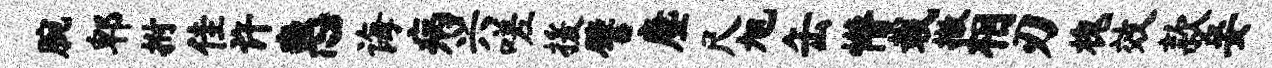
腕郫拊佳许惠诲病兴嗟援譬麈尺旭缶懵栽撤相刃槐效款妾